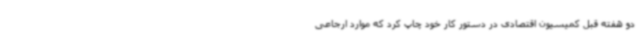
دو هفته قبل کمیسیون اقتصادی در دستور کار خود چاپ کرد که موارد ارجاعی